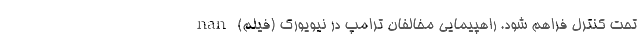
تحت کنترل فراهم شود. راهپیمایی مخالفان ترامپ در نیویورک (فیلم) nan